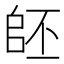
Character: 𠃂